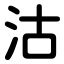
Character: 沽